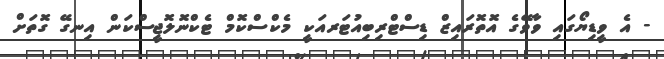
- އެ ވީޑިޔޯގައި ވާވޭގެ އޮތޮރައިޒް ޑިސްޓްރިބިއުޓަރއަކީ މެކްސްކޮމް ޓެކްނޮލޮޖީސްކަން އިނގޭ ގޮތަށް